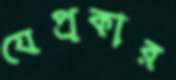
যেপ্রকার